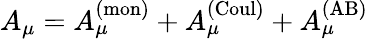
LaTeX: A_{\mu}=A_{\mu}^{(\mathrm{mon})}+A_{\mu}^{(\mathrm{Coul})}+A_{\mu}^{(\mathrm{AB})}